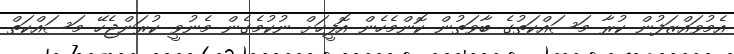
އެމުވައްޒަފުން ކުރާ މަސައްކަތުގެ ބާވަތުން ކޮންމެހެން އޮފީހަށް ނުކުމެގެން މެނުވީ ކުރަންޖެހޭ މަސައްކަތް